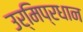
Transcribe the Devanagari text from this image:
उर्मिप्रधान